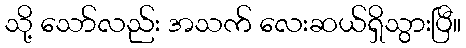
သို့ သော်လည်း အသက် လေးဆယ်ရှိသွားပြီ။